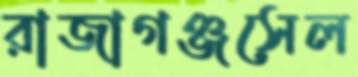
রাজাগঞ্জসেল